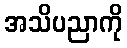
အသိပညာကို